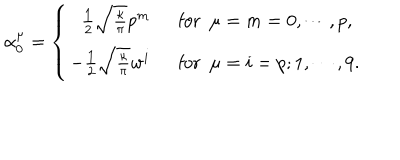
\alpha _ { 0 } ^ { \mu } = \left\{ \begin{array} { r l } { { \frac { 1 } { 2 } \sqrt { \frac { \kappa } { \pi } } p ^ { m } ~ ~ } } & { { \mathrm { f o r } ~ ~ \mu = m = 0 , \cdots , p , } } \\ { { - \frac { 1 } { 2 } \sqrt { \frac { \kappa } { \pi } } w ^ { i } ~ ~ } } & { { \mathrm { f o r } ~ ~ \mu = i = p ; 1 , \cdots , 9 . } } \\ \end{array} \right.